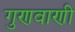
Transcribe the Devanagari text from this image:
गुणवाणी